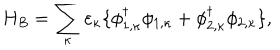
LaTeX: H _ { B } = \sum _ { \kappa } \varepsilon _ { \kappa } \{ \phi _ { 1 , \kappa } ^ { \dagger } \phi _ { 1 , \kappa } + \phi _ { 2 , \kappa } ^ { \dagger } \phi _ { 2 , \kappa } \} ,